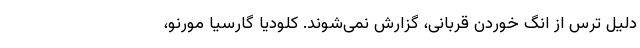
دلیل ترس از انگ خوردن قربانی، گزارش نمی‌شوند. کلودیا گارسیا مورنو،